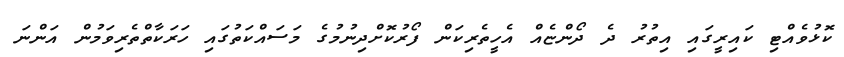
ކޮޅުވެއްޓި ކައިރީގައި އިތުރު ދެ ދޯންޏެއް އެހީތެރިކަން ފޯރުކޮށްދިނުމުގެ މަސައްކަތުގައި ހަރަކާތްތެރިވަމުން އަންނަ